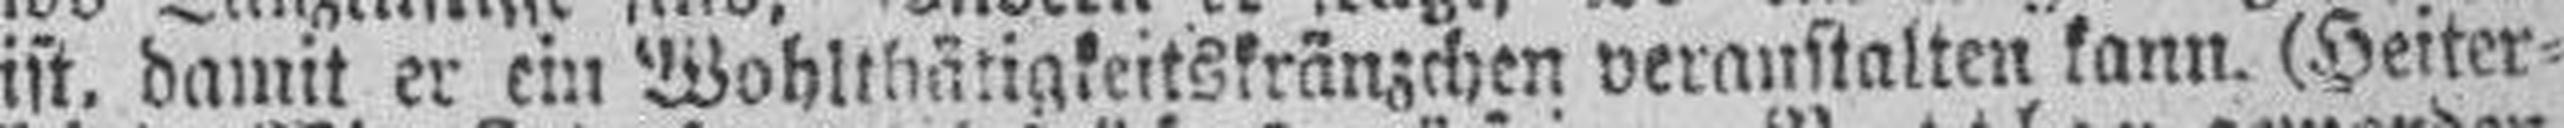
ist, damit er ein Wohlthätigkeitskränzchen veranstalten kann. (Heiter¬